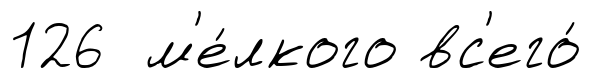
126 м'е́лкого вс'его́